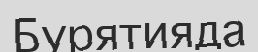
Бурятияда